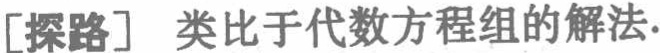
[探路] 类比于代数方程组的解法.